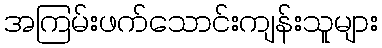
အကြမ်းဖက်သောင်းကျန်းသူများ